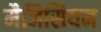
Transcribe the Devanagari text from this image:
मैजिसियन